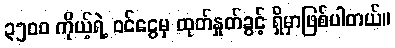
၃၅၀၀ ကိုယ့်ရဲ့ ဝင်ငွေမှ ထုတ်နှုတ်ခွင့် ရှိမှာဖြစ်ပါတယ်။